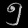
Digit: ၅